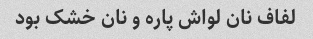
لفاف نان لواش پاره و نان خشک بود